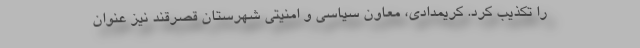
را تکذیب کرد. کریمدادی، معاون سیاسی و امنیتی شهرستان قصرقند نیز عنوان